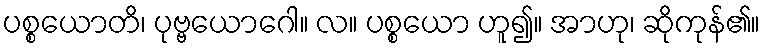
ပစ္စယောတိ၊ ပုဗ္ဗယောဂေါ။ လ။ ပစ္စယော ဟူ၍။ အာဟု၊ ဆိုကုန်၏။